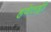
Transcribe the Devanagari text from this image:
हवेतही